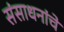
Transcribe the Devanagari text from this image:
संसाधनांचे